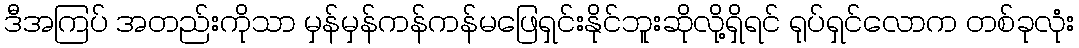
ဒီအကြပ် အတည်းကိုသာ မှန်မှန်ကန်ကန်မဖြေရှင်းနိုင်ဘူးဆိုလို့ရှိရင် ရုပ်ရှင်လောက တစ်ခုလုံး